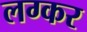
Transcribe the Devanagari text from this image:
लग्कर